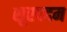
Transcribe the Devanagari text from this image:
सूरपदम